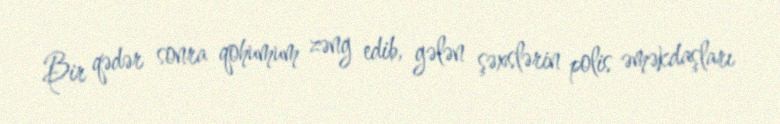
Bir qədər sonra qohumum zəng edib, gələn şəxslərin polis əməkdaşları